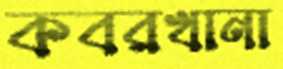
কবরখানা